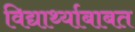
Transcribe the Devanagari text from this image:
विद्यार्थ्याबाबत